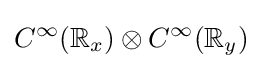
C^{\infty }(\mathbb {R} _{x})\otimes C^{\infty }(\mathbb {R} _{y})